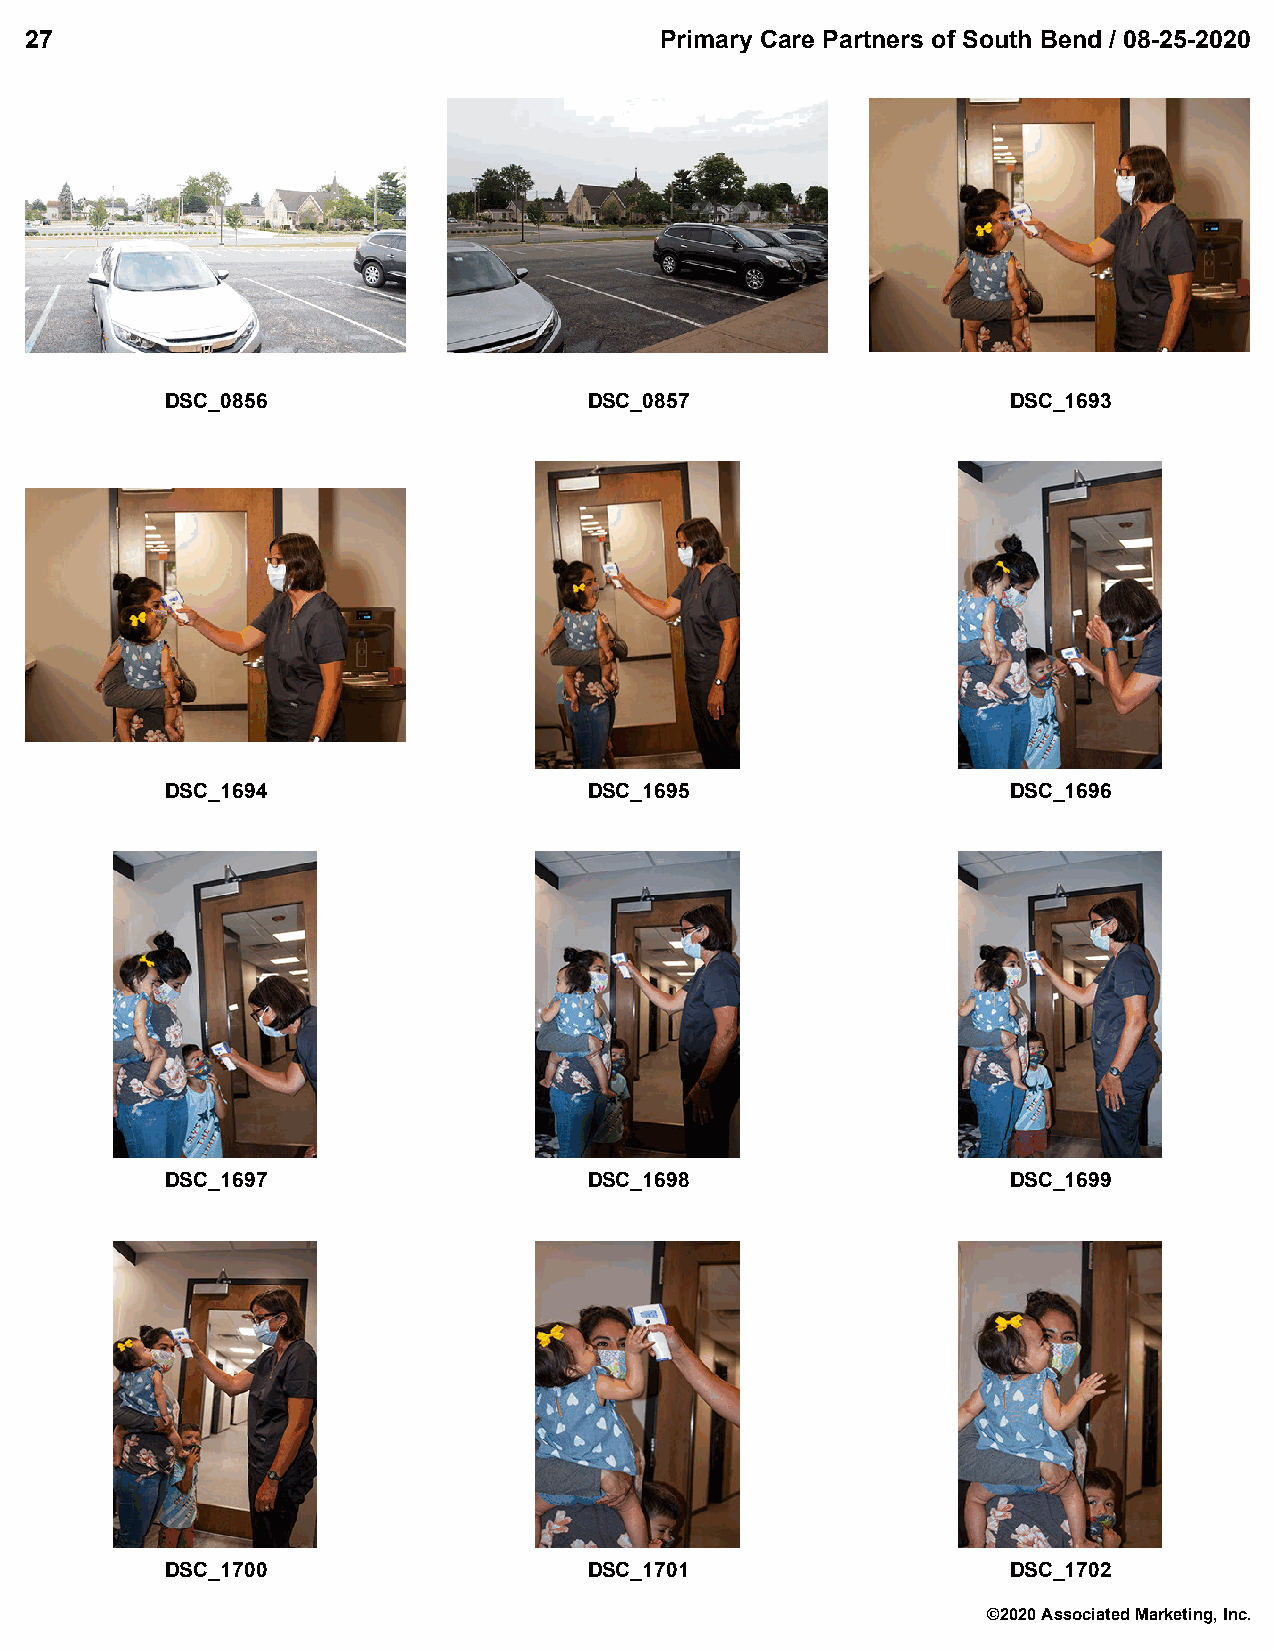
27                                        Primary Care Partners of South Bend / 08-25-2020
 DSC_0856                    DSC_0857                    DSC_1693
 DSC_1694                    DSC_1695                    DSC_1696
 DSC_1697                    DSC_1698                    DSC_1699
 DSC_1700                    DSC_1701                    DSC_1702
 ©2020 Associated Marketing, Inc.